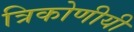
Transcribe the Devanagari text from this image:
त्रिकोणीयी